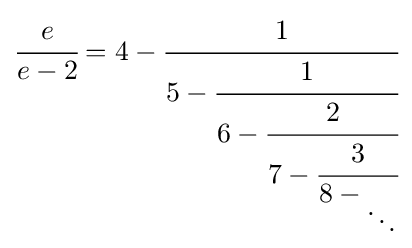
{\cfrac {e}{e-2}}=4-{\cfrac {1}{5-{\cfrac {1}{6-{\cfrac {2}{7-{\cfrac {3}{8-{_{\ddots }}}}}}}}}}